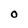
Character: O